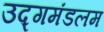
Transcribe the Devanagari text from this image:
उद्गमंडलम